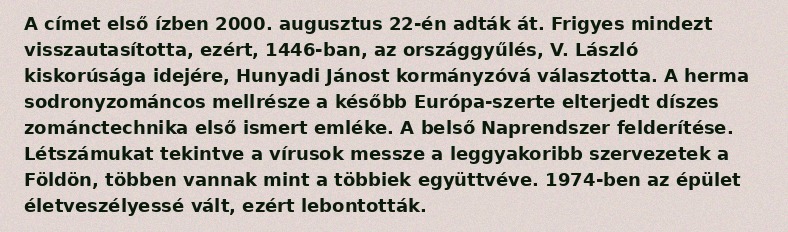
A címet első ízben 2000. augusztus 22-én adták át. Frigyes mindezt visszautasította, ezért, 1446-ban, az országgyűlés, V. László kiskorúsága idejére, Hunyadi Jánost kormányzóvá választotta. A herma sodronyzománcos mellrésze a később Európa-szerte elterjedt díszes zománctechnika első ismert emléke. A belső Naprendszer felderítése. Létszámukat tekintve a vírusok messze a leggyakoribb szervezetek a Földön, többen vannak mint a többiek együttvéve. 1974-ben az épület életveszélyessé vált, ezért lebontották.